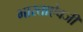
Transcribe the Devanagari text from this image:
भारताऐवजी